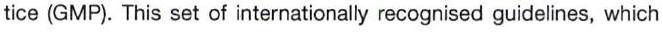
tice (GMP). This set of internationally recognised guidelines, which